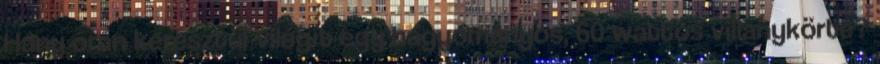
Hány órán keresztül világít egy hagyományos, 60 wattos villanykörte?